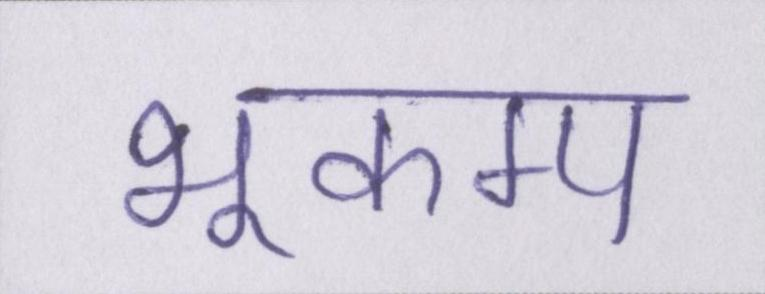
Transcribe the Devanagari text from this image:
भूकम्प